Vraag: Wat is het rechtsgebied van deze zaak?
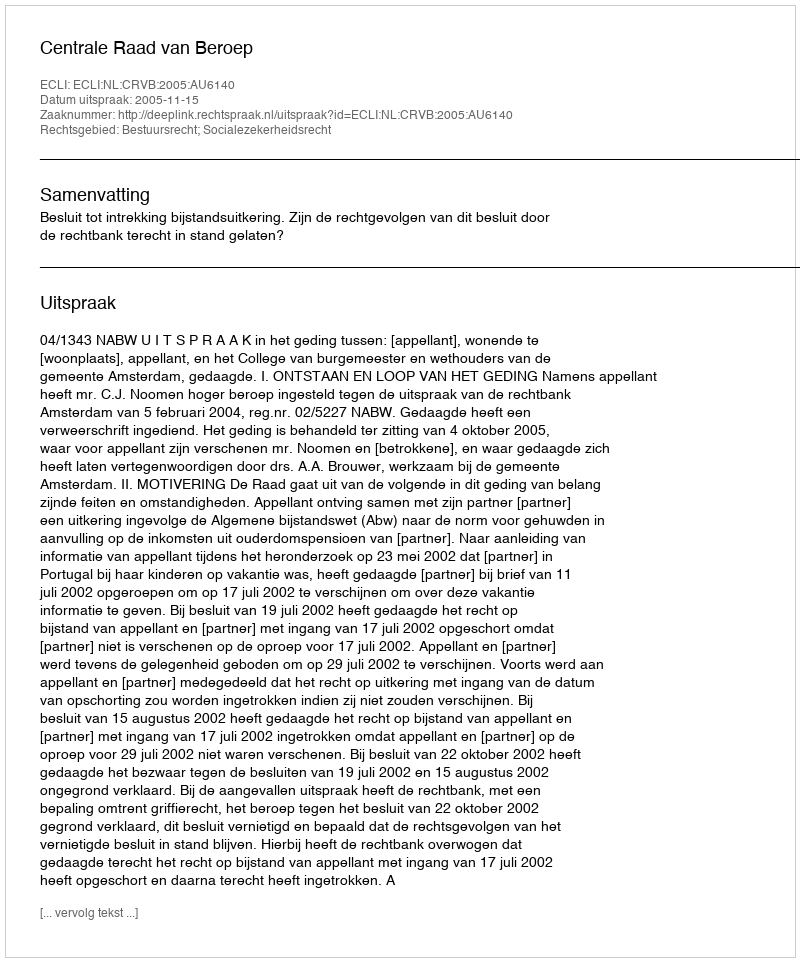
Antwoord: Bestuursrecht; Socialezekerheidsrecht